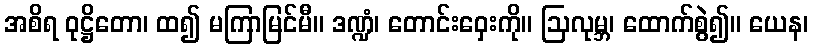
အစိရ ဝုဋ္ဌိတော၊ ထ၍ မကြာမြင်မီ။ ဒဏ္ဍံ၊ တောင်းဝှေးကို။ ဩလုမ္ဘ၊ ထောက်စွဲ၍။ ယေန၊